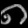
Digit: ၈